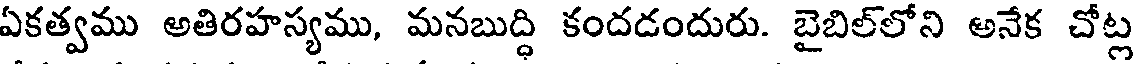
ఏకత్వము అతిరహస్యము, మనబుద్ధి కందడందురు. బైబిల్లోని అనేక చోట్ల